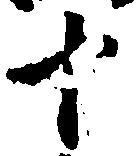
十